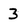
Character: 3